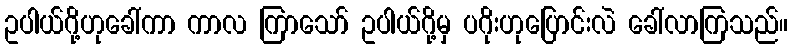
ဥပါယ်ဂို့ဟုခေါ်ကာ ကာလ ကြာသော် ဥပါယ်ဂို့မှ ပဂိုးဟုပြောင်းလဲ ခေါ်လာကြသည်။